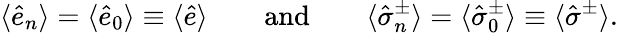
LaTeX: \langle\hat{e}_{n}\rangle=\langle\hat{e}_{0}\rangle\equiv\langle\hat{e}\rangle\qquad\mathrm{and}\qquad\langle\hat{\sigma}_{n}^{\pm}\rangle=\langle\hat{\sigma}_{0}^{\pm}\rangle\equiv\langle\hat{\sigma}^{\pm}\rangle.